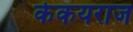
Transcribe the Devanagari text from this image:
केकयराज